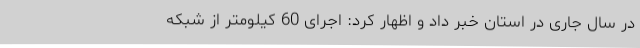
در سال جاری در استان خبر داد و اظهار کرد: اجرای 60 کیلومتر از شبکه